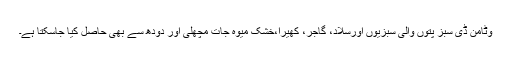
وٹامن ڈی سبز پتوں والی سبزیوں اورسلاد، گاجر، کھیرا،خشک میوہ جات مچھلی اور دودھ سے بھی حاصل کیا جاسکتا ہے۔